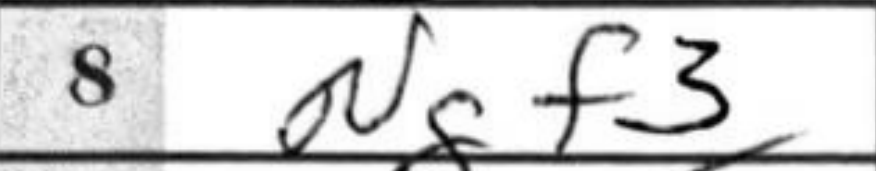
Transcription: Ngf3